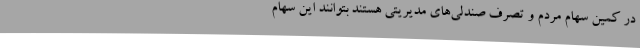
در کمین سهام مردم و تصرف صندلی‌های مدیریتی هستند بتوانند این سهام